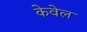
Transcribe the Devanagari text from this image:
केवेल